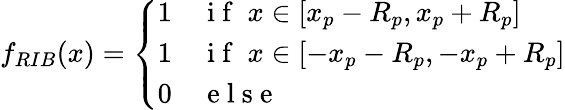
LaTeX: f_{RIB}(x)=\left\{ \begin{array}{ll}{1}&{\mathrm{~i~f~}\; x\in[x_{p}-R_{p},x_{p}+R_{p}]}\\ {1}&{\mathrm{~i~f~}\; x\in[-x_{p}-R_{p},-x_{p}+R_{p}]}\\ {0}&{\mathrm{~e~l~s~e~}}\end{array}\right.